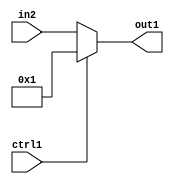
`timescale 1ps / 1ps
/*****************************************************************************
    Verilog RTL Description
    
    
    Created by: Stratus DpOpt 21.05.01 
*******************************************************************************/

module dut_N_Mux_16_2_85_4 (
	in2,
	ctrl1,
	out1
	); /* architecture "behavioural" */ 
input [15:0] in2;
input  ctrl1;
output [15:0] out1;
wire [15:0] asc001;

reg [15:0] asc001_tmp_0;
assign asc001 = asc001_tmp_0;
always @ (ctrl1 or in2) begin
	case (ctrl1)
		1'B1 : asc001_tmp_0 = 16'B0000000000000001 ;
		default : asc001_tmp_0 = in2 ;
	endcase
end

assign out1 = asc001;
endmodule

/* CADENCE  uLXxTAw= : u9/ySxbfrwZIxEzHVQQV8Q== ** DO NOT EDIT THIS LINE ******/